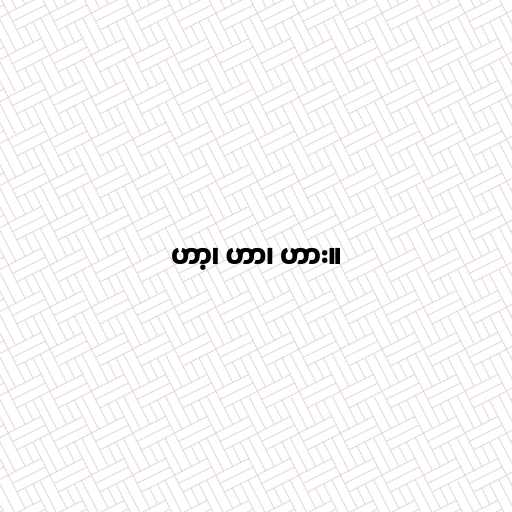
ဟာ့၊ ဟာ၊ ဟား။